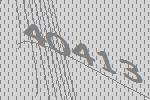
40413